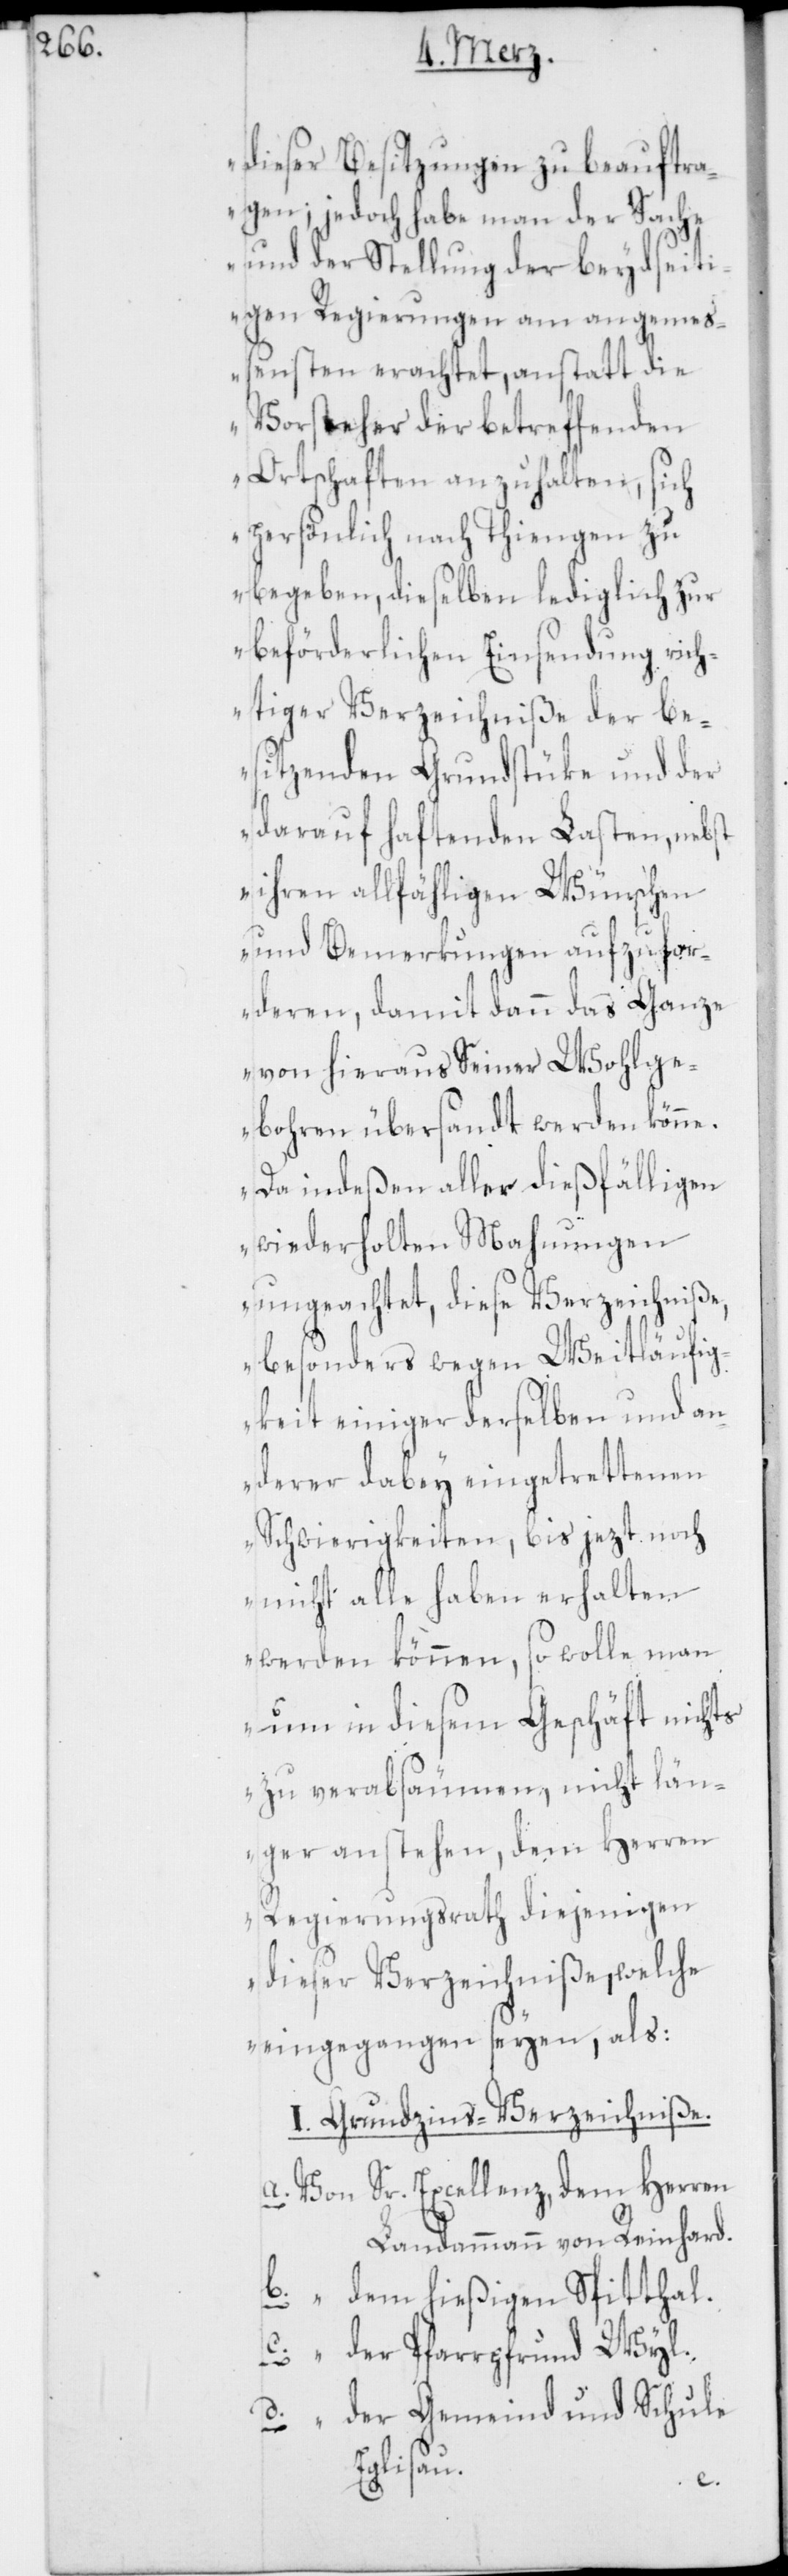
dieser Besitzungen zu beauftra¬
gen; jedoch habe man der Sache
und der Stellung der beydseit¬
igen Regierungen am angemeß¬
ensten erachtet, anstatt die
Vorsteher der betreffenden
Ortschaften anzuhalten, sich
persönlich nach Thiengen zu
begeben, dieselben lediglich zur
beförderlichen Einsendung rich¬
tiger Verzeichniße der be¬
sitzenden Grundstüke und der
darauf haftenden Lasten, nebst
ihren allfähligen Wünschen
und Bemerkungen aufzufo¬
rderen, damit dann das Ganze
von hieraus Seiner Wohlge¬
boren übersandt werden könne.
Da indeßen aller dießfälligen
wiederholten Mahnungen
ungeachtet, diese Verzeichniße,
besonders wegen Weitläufig¬
keit einiger derselben und an¬
derer dabey eingetrettenen
Schwierigkeiten, bis jezt noch
nicht alle haben erhalten
werden können, so wolle man
um in diesem Geschäft nichts
zu verabsäumen, nicht län¬
ger anstehen, dem Herren
Regierungsrath diejenigen
dieser Verzeichniße, welche
eingegangen seyen, als:
I. Grundzins-Verzeichniße.
a. Von Sr. Excellenz, dem Herren
Landammann von Reinhard.
b. “ dem hießigen Spitthal.
c. “ der Pfarrfrund Wyl
d. “ der Gemeind und Schule
Eglisau